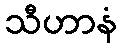
သီဟာနံ